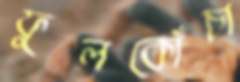
ফুলকোঁচা